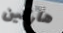
هاركين